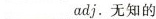
___ adj.无知的